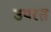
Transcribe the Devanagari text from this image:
उपरत